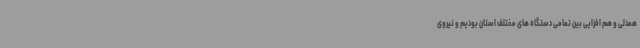
همدلی و هم افزایی بین تمامی دستگاه های مختلف استان بودیم و نیروی